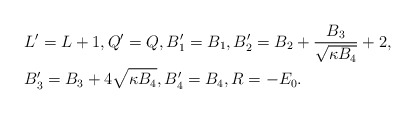
\begin{align*} &L'=L+1, Q'=Q, B'_1=B_1, B'_2= B_2 + \frac{B_3}{\sqrt{\kappa B_4}} + 2, \\ &B'_3 = B_3 + 4 \sqrt{\kappa B_4}, B'_4 = B_4, R = - E_0.\end{align*}